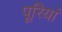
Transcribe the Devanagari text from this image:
पूरियां